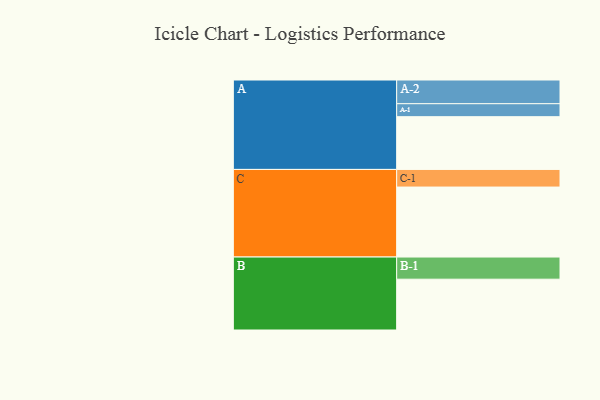
{"axis": {"x": "Segment", "y": "Value"}, "legend": ["", "A", "B", "C"], "data": [{"x": "A", "y": 407, "type": ""}, {"x": "B", "y": 392, "type": ""}, {"x": "C", "y": 540, "type": ""}, {"x": "A-1", "y": 100, "type": "A"}, {"x": "A-2", "y": 183, "type": "A"}, {"x": "B-1", "y": 171, "type": "B"}, {"x": "C-1", "y": 136, "type": "C"}]}